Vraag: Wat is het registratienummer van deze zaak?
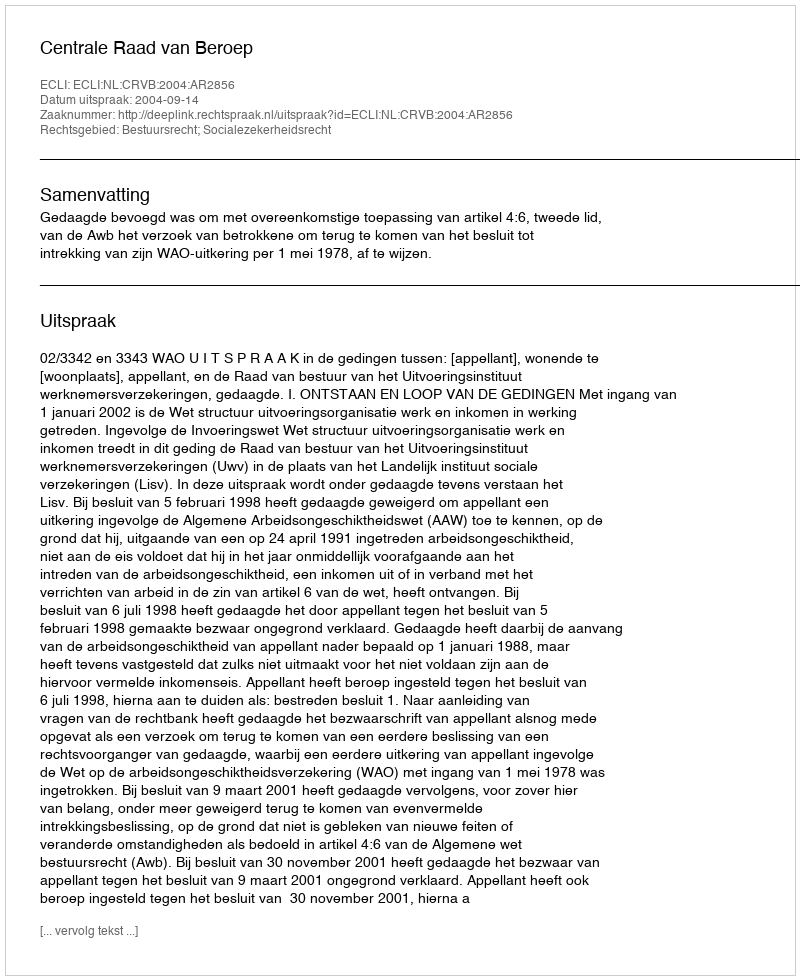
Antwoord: http://deeplink.rechtspraak.nl/uitspraak?id=ECLI:NL:CRVB:2004:AR2856